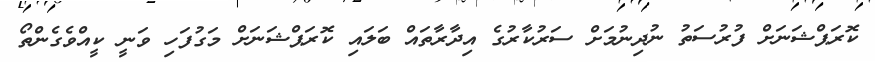
ކޮރަޕްޝަނަށް ފުރުސަތު ނުދިނުމަށް ސަރުކާރުގެ އިދާރާތައް ބަލައި ކޮރަޕްޝަނަށް މަގުފަހި ވަނީ ކީއްވެގެންތޯ